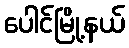
ပေါင်မြို့နယ်